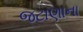
જટાણાના